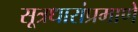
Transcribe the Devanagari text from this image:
सूत्रधारांप्रमाणे